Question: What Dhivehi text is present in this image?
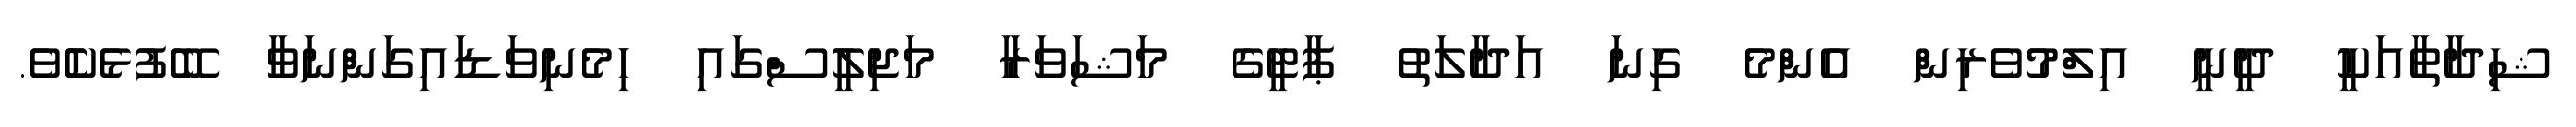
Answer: ޝިދާތާއަކީ ދީނީ އިލްމުވެރިން އެންމެ ގިނަ އަދާލަތު ޕާޓީގެ މަޝަވަރާ މަޖިލީސްގައި ހިމެނިވަޑައިގަންނަވާ ބޭފުޅެކެެވެ.